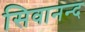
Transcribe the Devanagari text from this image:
सिवानन्द